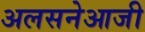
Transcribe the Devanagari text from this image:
अलसनेआजी